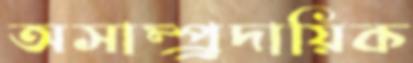
অসাম্প্র্রদায়িক